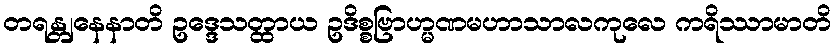
တရန္တျနေနာတိ ဥဒ္ဒေသတ္ထာယ ဥဒိစ္စဗြာဟ္မဏမဟာသာလကုလေ ကရိဿာမာတိ